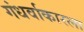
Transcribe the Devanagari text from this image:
गंधर्वाकारला